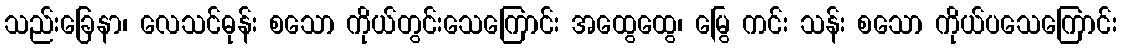
သည်းခြေနာ၊ လေသင်ဓုန်း စသော ကိုယ်တွင်းသေကြောင်း အထွေထွေ၊ မြွေ ကင်း သန်း စသော ကိုယ်ပသေကြောင်း